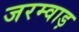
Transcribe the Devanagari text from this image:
जरम्वाड़